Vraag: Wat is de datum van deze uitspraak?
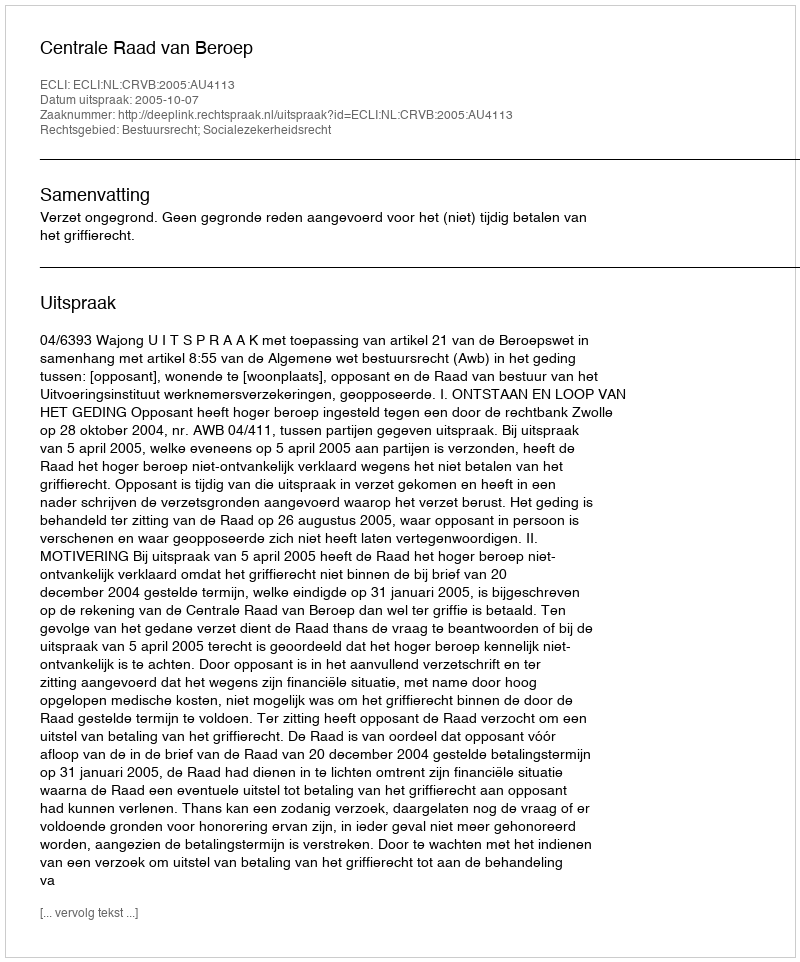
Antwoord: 2005-10-07